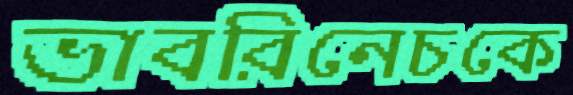
ভাবরিনেচকে